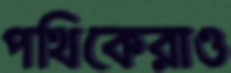
পথিকেরাও